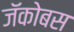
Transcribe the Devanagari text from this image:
जॅकोबस